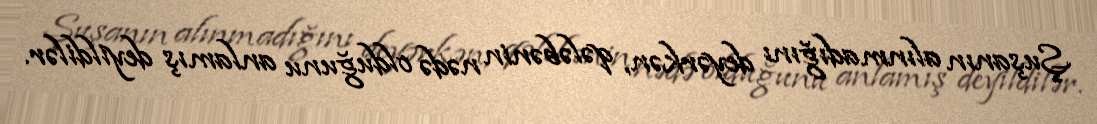
Şuşanın alınmadığını deyərkən, qələbənin nədə olduğunu anlamış deyildilər.